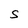
Character: S